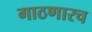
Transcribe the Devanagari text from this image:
गाठणारच